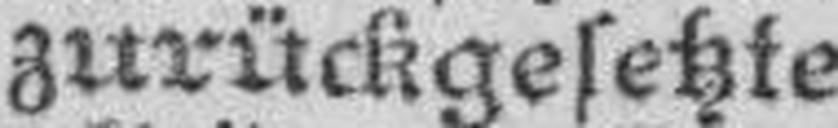
zurückgesetzte